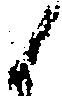
候